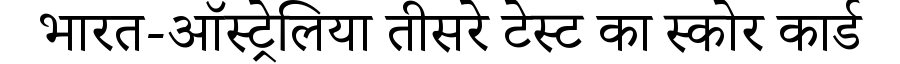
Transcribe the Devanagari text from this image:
भारत-ऑस्ट्रेलिया तीसरे टेस्ट का स्कोर कार्ड